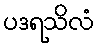
ပဒရသိလံ